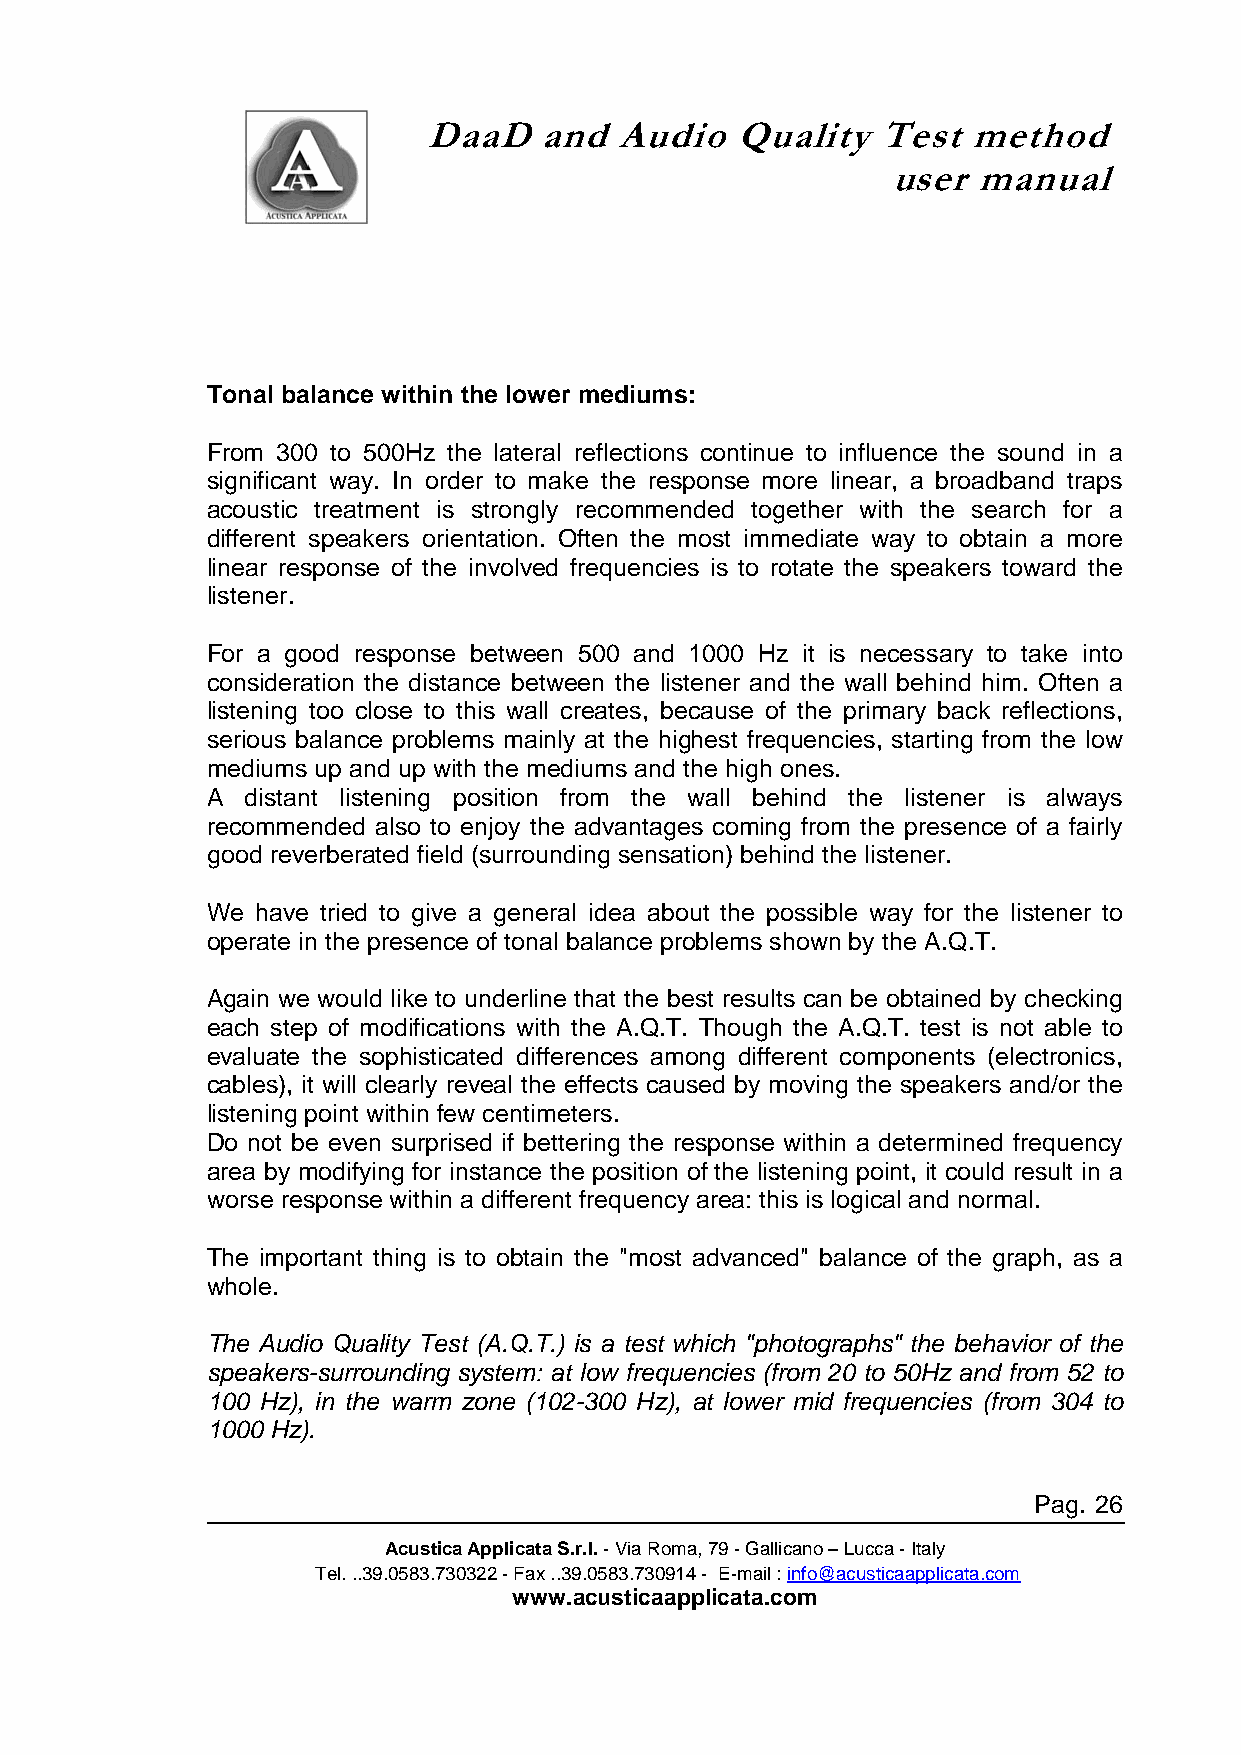
DaaD    and  Audio   Quality  Test  method
 user  manual
 Tonal balance within the lower mediums:
 From 300 to 500Hz the lateral reflections continue to influence the sound in a
 significant way. In order to make the response more linear, a broadband traps
 acoustic treatment is strongly recommended together with the search for a
 different speakers orientation. Often the most immediate way to obtain a more
 linear response of the involved frequencies is to rotate the speakers toward the
 listener.
 For a good response between 500 and 1000 Hz it is necessary to take into
 consideration the distance between the listener and the wall behind him. Often a
 listening too close to this wall creates, because of the primary back reflections,
 serious balance problems mainly at the highest frequencies, starting from the low
 mediums up and up with the mediums and the high ones.
 A distant listening position from the wall behind the listener is always
 recommended also to enjoy the advantages coming from the presence of a fairly
 good reverberated field (surrounding sensation) behind the listener.
 We have tried to give a general idea about the possible way for the listener to
 operate in the presence of tonal balance problems shown by the A.Q.T.
 Again we would like to underline that the best results can be obtained by checking
 each step of modifications with the A.Q.T. Though the A.Q.T. test is not able to
 evaluate the sophisticated differences among different components (electronics,
 cables), it will clearly reveal the effects caused by moving the speakers and/or the
 listening point within few centimeters.
 Do not be even surprised if bettering the response within a determined frequency
 area by modifying for instance the position of the listening point, it could result in a
 worse response within a different frequency area: this is logical and normal.
 The important thing is to obtain the "most advanced" balance of the graph, as a
 whole.
 The Audio Quality Test (A.Q.T.) is a test which "photographs" the behavior of the
 speakers-surrounding system: at low frequencies (from 20 to 50Hz and from 52 to
 100 Hz), in the warm zone (102-300 Hz), at lower mid frequencies (from 304 to
 1000 Hz).
 Pag. 26
 Acustica Applicata S.r.l. - Via Roma, 79 - Gallicano – Lucca - Italy
 Tel. ..39.0583.730322 - Fax ..39.0583.730914 - E-mail : info@acusticaapplicata.com
 www.acusticaapplicata.com